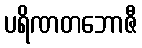
ပရိဏတဘောဇီ